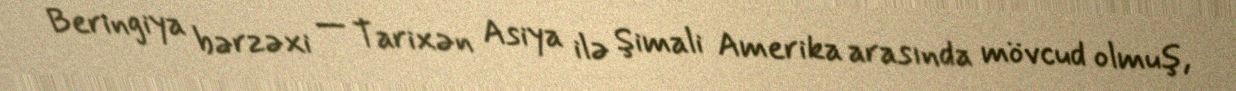
Beringiya bərzəxi — Tarixən Asiya ilə Şimali Amerika arasında mövcud olmuş,